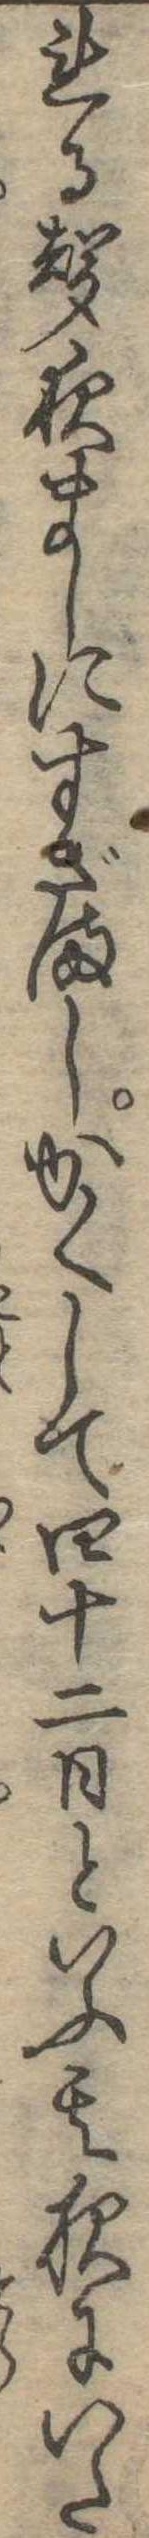
れる声夜ましにすざましかくして四十二日といふ其夜にいた